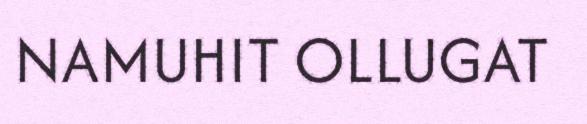
NAMUHIT OLLUGAT